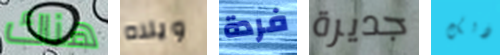
هناك ويلاه فردة جديرة ذلك